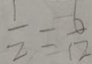
\frac { 1 } { 2 } = \frac { 6 } { 1 2 }